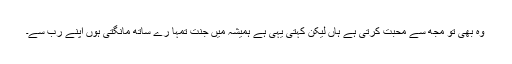
وہ بھی تو مجھ سے محبت کرتی ہے ہاں لیکن کہتی یہی ہے ہمیشہ میں جنت تمہا رے ساتھ مانگتی ہوں اپنے رب سے۔